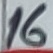
Text: 16